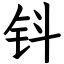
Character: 钭